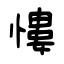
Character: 慺